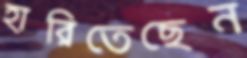
হারিতেছেন